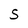
Character: S